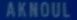
AKNOUL